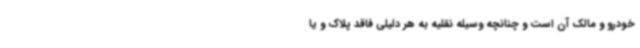
خودرو و مالک آن است و چنانچه وسیله نقلیه به هر دلیلی فاقد پلاک و یا